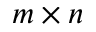
m \times n